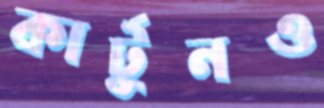
কার্টুনও